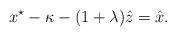
LaTeX: \begin{align*}x^{\star}-\kappa-(1+\lambda)\hat{z}=\hat{x}. \end{align*}